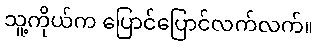
သူ့ကိုယ်က ပြောင်ပြောင်လက်လက်။